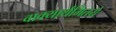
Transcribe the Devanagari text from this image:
वाक्यार्थमितये